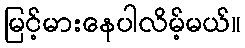
မြင့်မားနေပါလိမ့်မယ်။